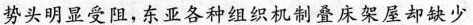
势头明显受阻，东亚各种组织机制叠床架屋却缺少